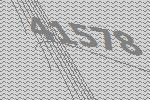
41578